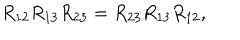
LaTeX: R _ { 1 2 } R _ { 1 3 } R _ { 2 3 } = R _ { 2 3 } R _ { 1 3 } R _ { 1 2 } ,